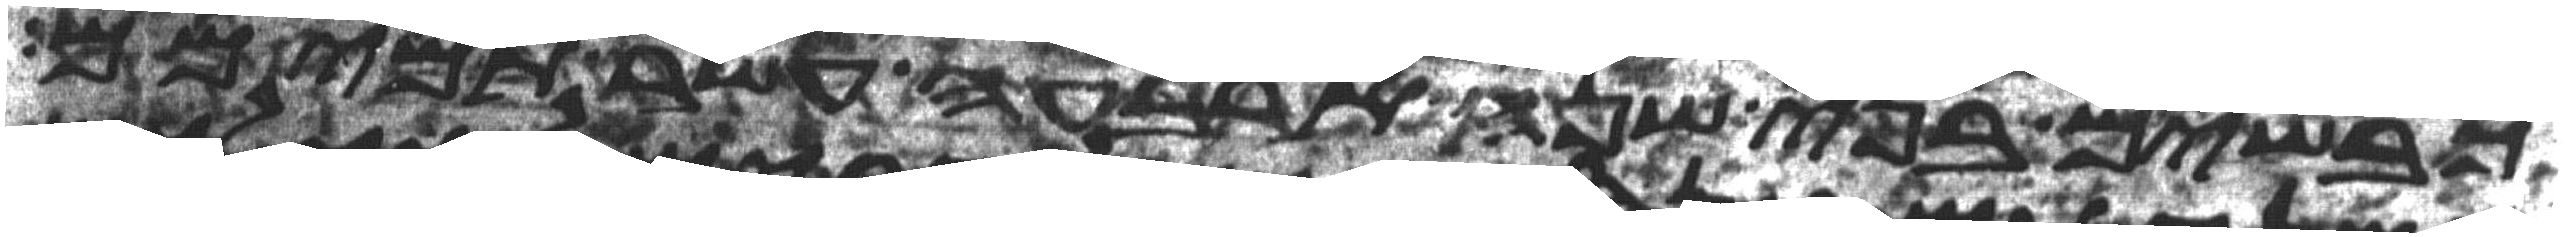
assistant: כבשים בני שנה ארבעה עשר תמימם